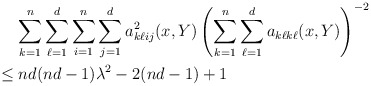
\begin{align*} &\mathrel{\phantom{=}} \sum_{k=1}^{n}\sum_{\ell=1}^{d}\sum_{i=1}^{n}\sum_{j=1}^{d}a_{k\ell ij}^2(x,Y) \left(\sum_{k=1}^{n}\sum_{\ell=1}^{d}a_{k\ell k\ell}(x,Y)\right)^{-2}\\&\leq nd(nd-1)\lambda^2 - 2(nd-1) + 1\end{align*}